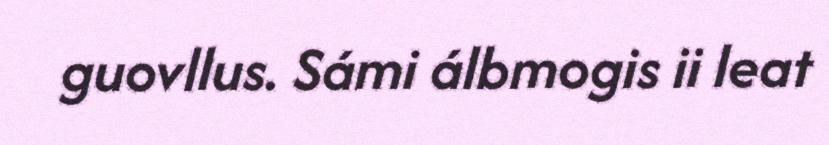
guovllus. Sámi álbmogis ii leat